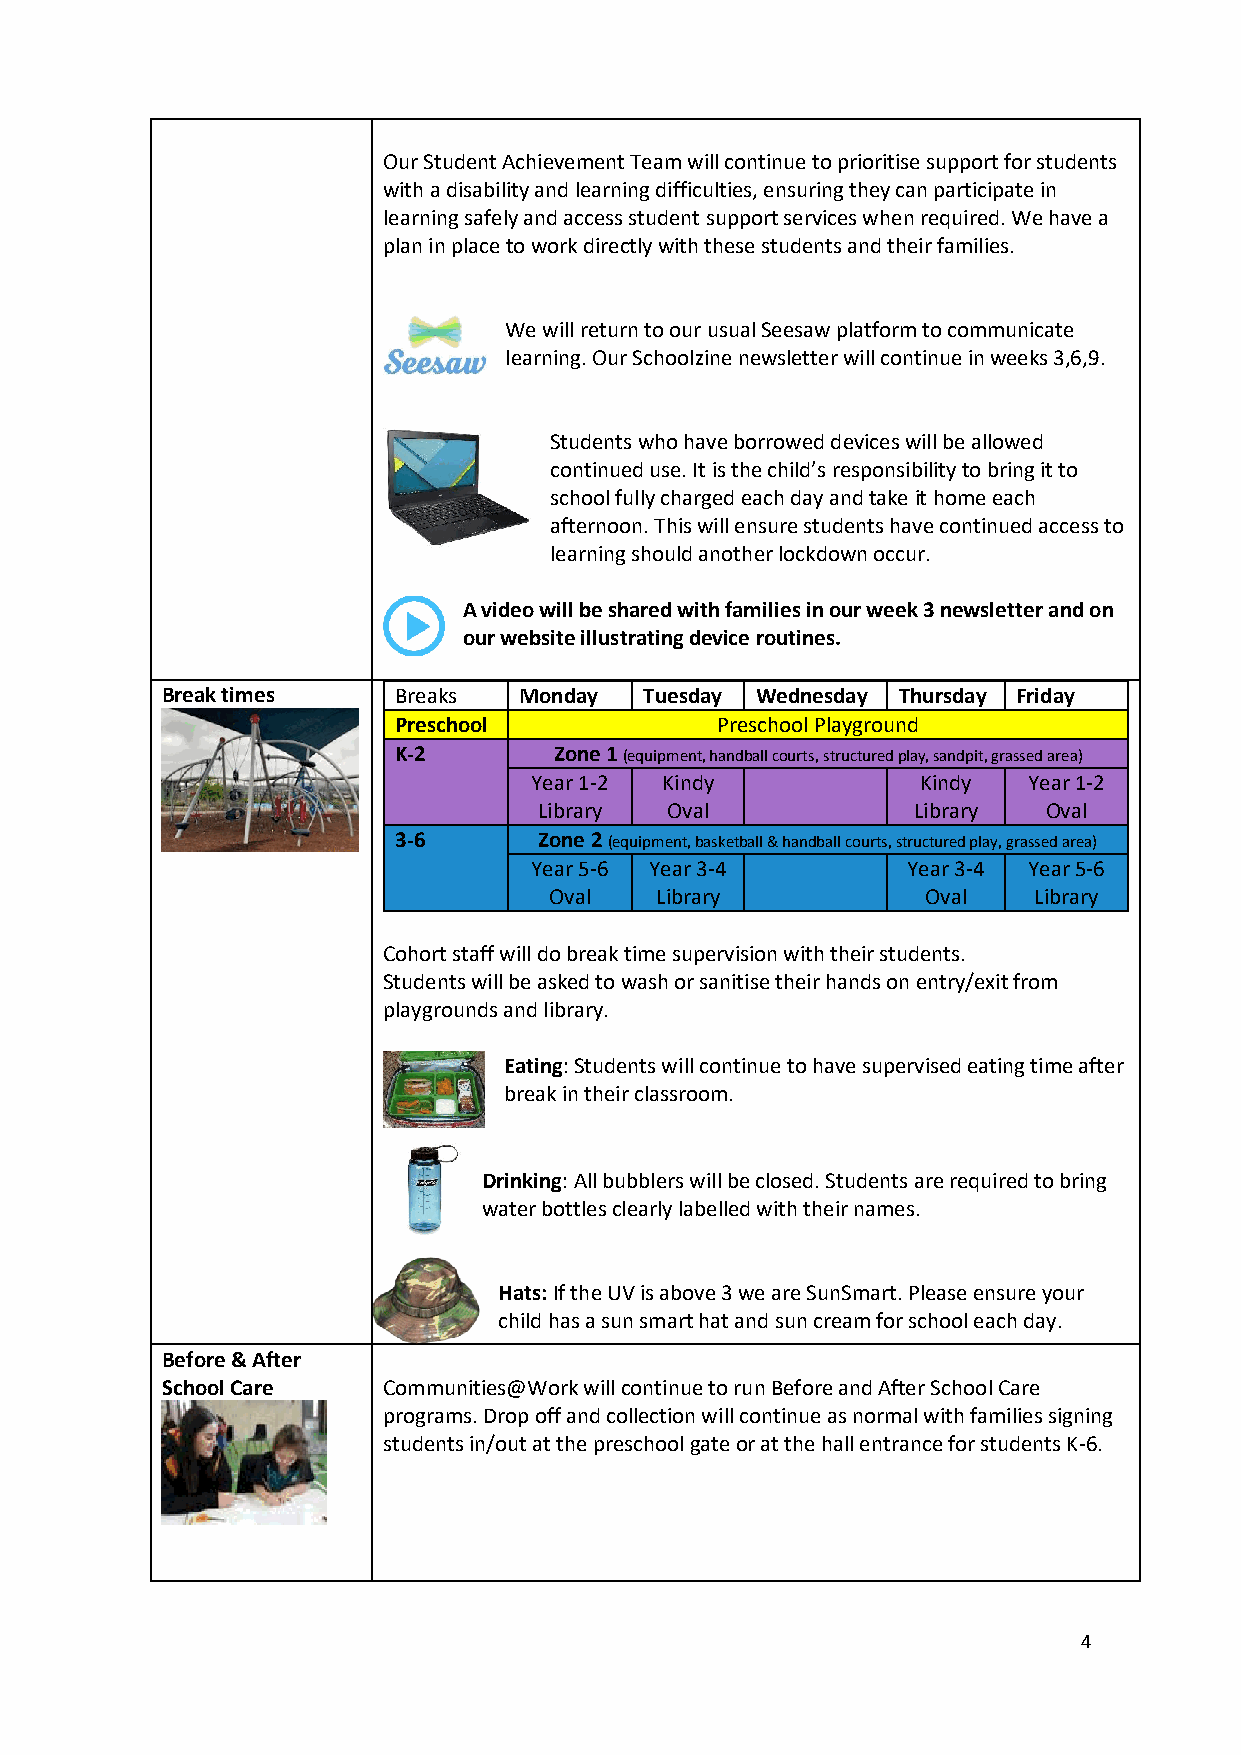
Our Student Achievement Team will continue to prioritise support for students
 with a disability and learning difficulties, ensuring they can participate in
 learning safely and access student support services when required. We have a
 plan in place to work directly with these students and their families.
 We will return to our usual Seesaw platform to communicate
 learning. Our Schoolzine newsletter will continue in weeks 3,6,9.
 Students who have borrowed devices will be allowed
 continued use. It is the child’s responsibility to bring it to
 school fully charged each day and take it home each
 afternoon. This will ensure students have continued access to
 learning should another lockdown occur.
 A video will be shared with families in our week 3 newsletter and on
 our website illustrating device routines.
 Break times    Breaks  Monday   Tuesday Wednesday Thursday Friday
 Preschool            Preschool Playground
 K-2        Zone 1 (equipment, handball courts, structured play, sandpit, grassed area)
 Year 1-2 Kindy            Kindy  Year 1-2
 Library Oval            Library  Oval
 3-6       Zone 2 (equipment, basketball & handball courts, structured play, grassed area)
 Year 5-6 Year 3-4        Year 3-4 Year 5-6
 Oval   Library           Oval   Library
 Cohort staff will do break time supervision with their students.
 Students will be asked to wash or sanitise their hands on entry/exit from
 playgrounds and library.
 Eating: Students will continue to have supervised eating time after
 break in their classroom.
 Drinking: All bubblers will be closed. Students are required to bring
 water bottles clearly labelled with their names.
 Hats: If the UV is above 3 we are SunSmart. Please ensure your
 child has a sun smart hat and sun cream for school each day.
 Before & After
 School Care   Communities@Work will continue to run Before and After School Care
 programs. Drop off and collection will continue as normal with families signing
 students in/out at the preschool gate or at the hall entrance for students K-6.
 4